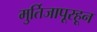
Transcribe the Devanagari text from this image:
मुर्तिजापूरहून